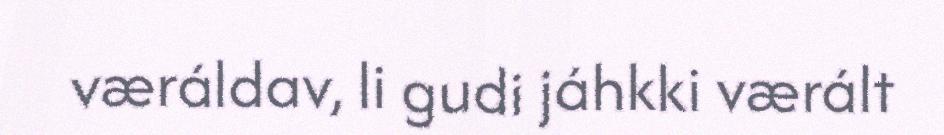
væráldav, li gudi jáhkki værált